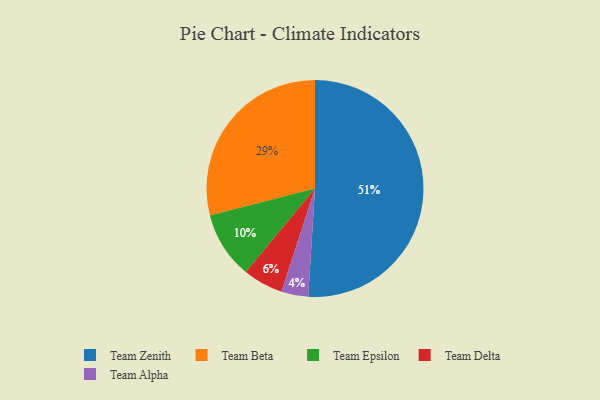
{"axis": {"x": "Category", "y": "Percentage"}, "legend": ["Team Alpha", "Team Beta", "Team Delta", "Team Epsilon", "Team Zenith"], "data": [{"x": "Team Zenith", "y": 51, "type": "Team Zenith"}, {"x": "Team Alpha", "y": 4, "type": "Team Alpha"}, {"x": "Team Delta", "y": 6, "type": "Team Delta"}, {"x": "Team Epsilon", "y": 10, "type": "Team Epsilon"}, {"x": "Team Beta", "y": 29, "type": "Team Beta"}]}